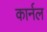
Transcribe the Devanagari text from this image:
कार्नल